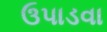
ઉપાડવા